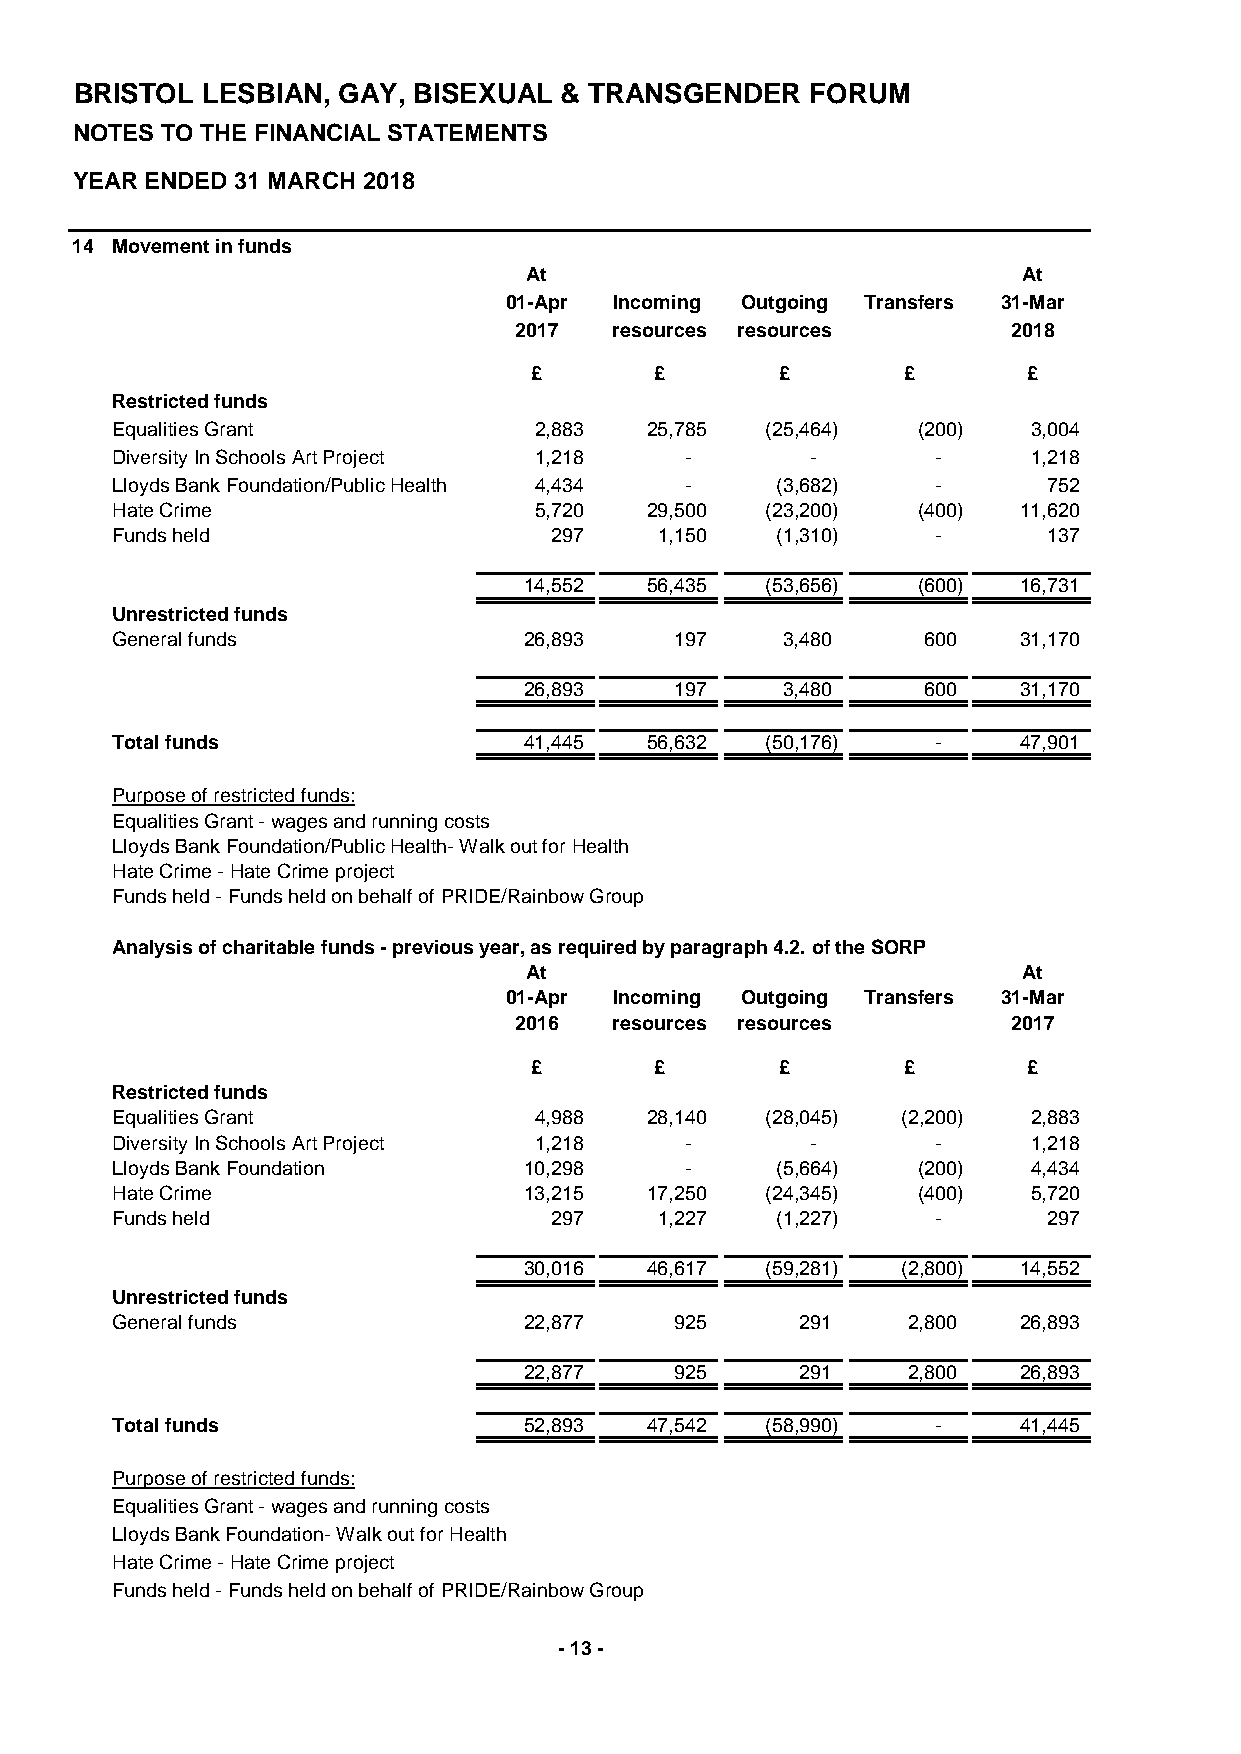
BRISTOL LESBIAN, GAY, BISEXUAL  & TRANSGENDER    FORUM
 NOTES TO THE FINANCIAL STATEMENTS
 YEAR ENDED 31 MARCH 2018
 14 Movement in funds
 At                               At
 01-Apr  Incoming Outgoing Transfers 31-Mar
 2017   resources resources       2018
 £       £        £       £       £
 Restricted funds
 Equalities Grant            2,883   25,785  (25,464)  (200)  3,004
 Diversity In Schools Art Project 1,218 -       -       -     1,218
 Lloyds Bank Foundation/Public Health 4,434 - (3,682)   -      752
 Hate Crime                  5,720   29,500  (23,200)  (400) 11,620
 Funds held                   297     1,150  (1,310)    -      137
 14,552  56,435  (53,656)  (600) 16,731
 Unrestricted funds
 General funds               26,893    197    3,480    600   31,170
 26,893    197    3,480    600   31,170
 Total funds                 41,445  56,632  (50,176)   -    47,901
 Purpose of restricted funds:
 Equalities Grant - wages and running costs
 Lloyds Bank Foundation/Public Health- Walk out for Health
 Hate Crime - Hate Crime project
 Funds held - Funds held on behalf of PRIDE/Rainbow Group
 Analysis of charitable funds - previous year, as required by paragraph 4.2. of the SORP
 At                               At
 01-Apr  Incoming Outgoing Transfers 31-Mar
 2016   resources resources       2017
 £       £        £       £       £
 Restricted funds
 Equalities Grant            4,988   28,140  (28,045) (2,200) 2,883
 Diversity In Schools Art Project 1,218 -       -       -     1,218
 Lloyds Bank Foundation      10,298    -     (5,664)   (200)  4,434
 Hate Crime                  13,215  17,250  (24,345)  (400)  5,720
 Funds held                   297     1,227  (1,227)    -      297
 30,016  46,617  (59,281) (2,800) 14,552
 Unrestricted funds
 General funds               22,877    925     291    2,800  26,893
 22,877    925     291    2,800  26,893
 Total funds                 52,893  47,542  (58,990)   -    41,445
 Purpose of restricted funds:
 Equalities Grant - wages and running costs
 Lloyds Bank Foundation- Walk out for Health
 Hate Crime - Hate Crime project
 Funds held - Funds held on behalf of PRIDE/Rainbow Group
 - 13 -